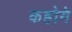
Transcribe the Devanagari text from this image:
कहोगे